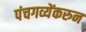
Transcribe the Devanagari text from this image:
पंचगव्येंकरुन